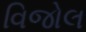
વિજોલ